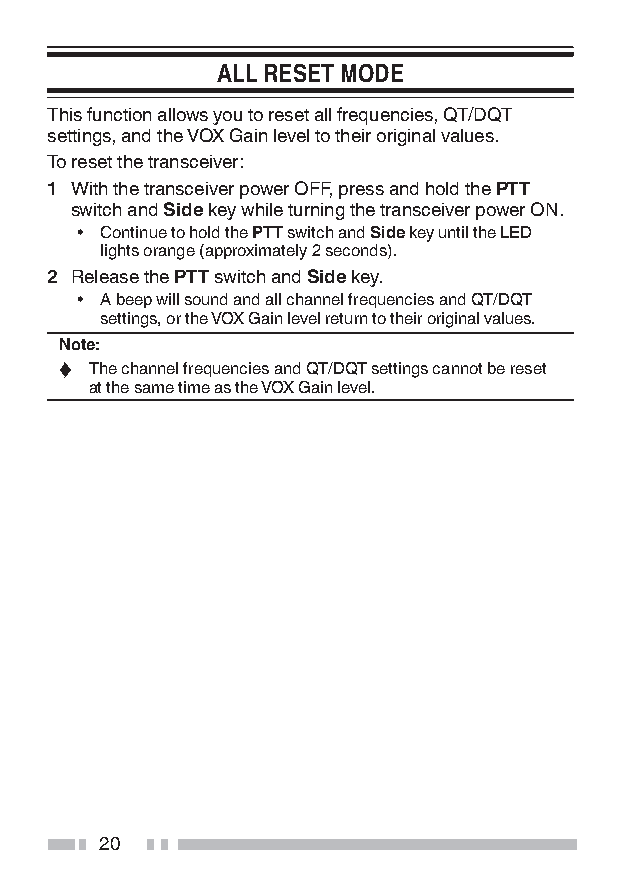
ALL RESET MODE
 This function allows you to reset all frequencies, QT/DQT
 settings, and the VOX Gain level to their original values.
 To reset the transceiver:
 1 With the transceiver power OFF, press and hold the PTT
 switch and Side key while turning the transceiver power ON.
 • Continue to hold the PTT switch and Side key until the LED
 lights orange (approximately 2 seconds).
 2 Release the PTT switch and Side key.
 • A beep will sound and all channel frequencies and QT/DQT
 settings, or the VOX Gain level return to their original values.
 Note:
 ◆ The channel frequencies and QT/DQT settings cannot be reset
 at the same time as the VOX Gain level.
 20